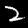
Label: 2